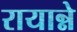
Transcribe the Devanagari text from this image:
रायान्ने